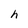
Character: h